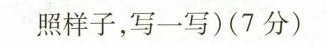
照样子，写一写)(7分)